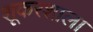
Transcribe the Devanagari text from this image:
शूकरशाला